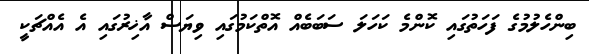
ބިންހެލުމުގެ ފަހަތުގައި ކޮންމެ ކަހަލަ ސަބަބެއް އޮތްކަމުގައި ވިޔަސް އާޚިރުގައި އެ އެއްޗަކީ